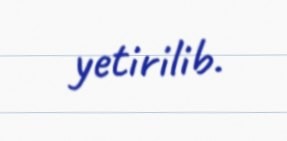
yetirilib.